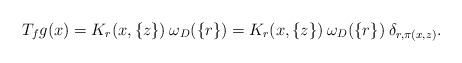
LaTeX: \begin{align*}T_fg(x)= K_r(x,\{z\})\> \omega_D(\{r\})= K_r(x,\{z\})\> \omega_D(\{r\})\>\delta_{r,\pi(x,z)}.\end{align*}